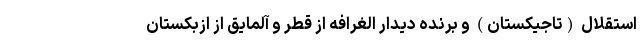
استقلال (تاجیکستان) و برنده دیدار الغرافه از قطر و آلمایق از ازبکستان